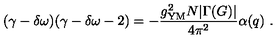
( \gamma - \delta \omega ) ( \gamma - \delta \omega - 2 ) = - { \frac { g _ { \mathrm { Y M } } ^ { 2 } N | \Gamma ( G ) | } { 4 \pi ^ { 2 } } } \alpha ( q ) \ .